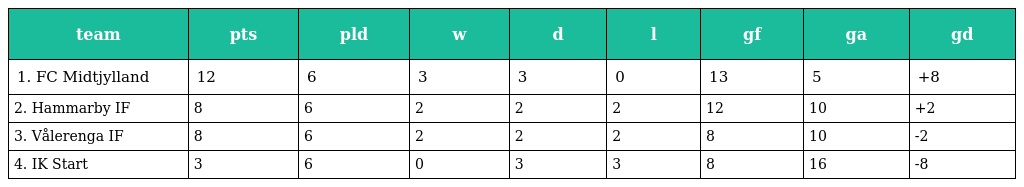
| team | pts | pld | w | d | l | gf | ga | gd |
 | --- | --- | --- | --- | --- | --- | --- | --- | --- |
 | 1. FC Midtjylland | 12 | 6 | 3 | 3 | 0 | 13 | 5 | +8 |
 | 2. Hammarby IF | 8 | 6 | 2 | 2 | 2 | 12 | 10 | +2 |
 | 3. Vålerenga IF | 8 | 6 | 2 | 2 | 2 | 8 | 10 | -2 |
 | 4. IK Start | 3 | 6 | 0 | 3 | 3 | 8 | 16 | -8 |